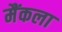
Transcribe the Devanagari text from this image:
मैंकला